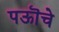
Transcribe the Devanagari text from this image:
पऊॊचे